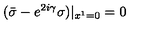
( { \bar { \sigma } } - e ^ { 2 i \gamma } \sigma ) | _ { x ^ { 1 } = 0 } = 0